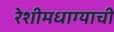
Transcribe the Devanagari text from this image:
रेशीमधाग्याची